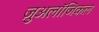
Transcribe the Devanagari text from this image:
ज़ुअलॉजिकल